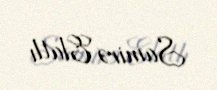
Samirə Elatlı